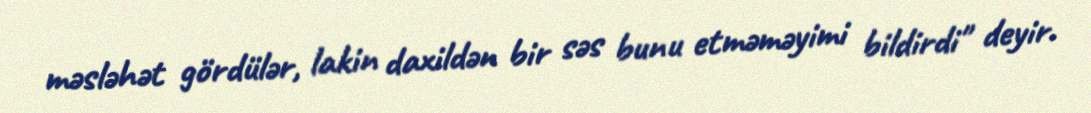
məsləhət gördülər, lakin daxildən bir səs bunu etməməyimi bildirdi" deyir.